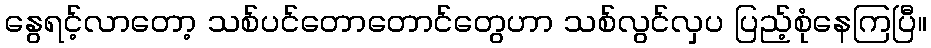
နွေရင့်လာတော့ သစ်ပင်တောတောင်တွေဟာ သစ်လွင်လှပ ပြည့်စုံနေကြပြီ။